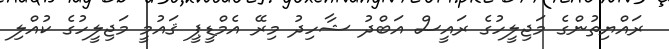
ރައްޔިތުންގެ މަޖިލީހުގެ ރައީސް އަބްދު ޝާހިދު މިރޭ އެމްޑީޕީ ޤައުމީ މަޖިލީހުގެ ކުއްލި